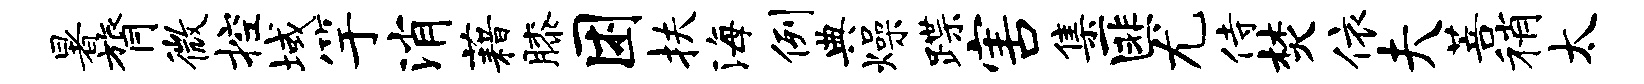
暑膂微控域竽消藉膝困扶海例典燥蹀害集匪尤侍焚依夫菩稍太